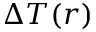
\Delta T ( r )